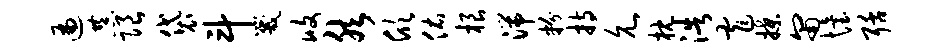
遍恭限袋斗咒攸然欣佑根湍粉持允枕浩窄揲匍怡聒